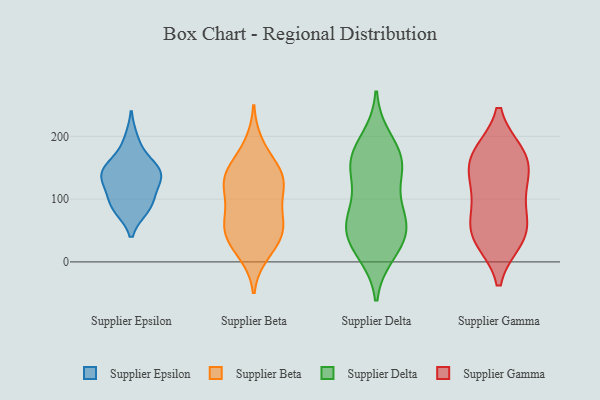
{"axis": {"x": "Market Share (%)", "y": "Value"}, "legend": ["Supplier Beta", "Supplier Delta", "Supplier Epsilon", "Supplier Gamma"], "data": [{"x": "", "y": 133, "type": "Supplier Epsilon"}, {"x": "", "y": 160, "type": "Supplier Epsilon"}, {"x": "", "y": 195, "type": "Supplier Epsilon"}, {"x": "", "y": 133, "type": "Supplier Epsilon"}, {"x": "", "y": 135, "type": "Supplier Epsilon"}, {"x": "", "y": 149, "type": "Supplier Epsilon"}, {"x": "", "y": 86, "type": "Supplier Epsilon"}, {"x": "", "y": 146, "type": "Supplier Epsilon"}, {"x": "", "y": 85, "type": "Supplier Epsilon"}, {"x": "", "y": 91, "type": "Supplier Epsilon"}, {"x": "", "y": 109, "type": "Supplier Epsilon"}, {"x": "", "y": 48, "type": "Supplier Beta"}, {"x": "", "y": 133, "type": "Supplier Beta"}, {"x": "", "y": 28, "type": "Supplier Beta"}, {"x": "", "y": 64, "type": "Supplier Beta"}, {"x": "", "y": 129, "type": "Supplier Beta"}, {"x": "", "y": 120, "type": "Supplier Beta"}, {"x": "", "y": 14, "type": "Supplier Beta"}, {"x": "", "y": 186, "type": "Supplier Beta"}, {"x": "", "y": 93, "type": "Supplier Beta"}, {"x": "", "y": 124, "type": "Supplier Beta"}, {"x": "", "y": 39, "type": "Supplier Beta"}, {"x": "", "y": 69, "type": "Supplier Beta"}, {"x": "", "y": 143, "type": "Supplier Beta"}, {"x": "", "y": 151, "type": "Supplier Beta"}, {"x": "", "y": 57, "type": "Supplier Beta"}, {"x": "", "y": 24, "type": "Supplier Delta"}, {"x": "", "y": 170, "type": "Supplier Delta"}, {"x": "", "y": 149, "type": "Supplier Delta"}, {"x": "", "y": 141, "type": "Supplier Delta"}, {"x": "", "y": 195, "type": "Supplier Delta"}, {"x": "", "y": 69, "type": "Supplier Delta"}, {"x": "", "y": 90, "type": "Supplier Delta"}, {"x": "", "y": 159, "type": "Supplier Delta"}, {"x": "", "y": 42, "type": "Supplier Delta"}, {"x": "", "y": 67, "type": "Supplier Delta"}, {"x": "", "y": 65, "type": "Supplier Delta"}, {"x": "", "y": 39, "type": "Supplier Delta"}, {"x": "", "y": 15, "type": "Supplier Delta"}, {"x": "", "y": 160, "type": "Supplier Delta"}, {"x": "", "y": 108, "type": "Supplier Gamma"}, {"x": "", "y": 171, "type": "Supplier Gamma"}, {"x": "", "y": 171, "type": "Supplier Gamma"}, {"x": "", "y": 162, "type": "Supplier Gamma"}, {"x": "", "y": 49, "type": "Supplier Gamma"}, {"x": "", "y": 59, "type": "Supplier Gamma"}, {"x": "", "y": 37, "type": "Supplier Gamma"}, {"x": "", "y": 41, "type": "Supplier Gamma"}, {"x": "", "y": 110, "type": "Supplier Gamma"}, {"x": "", "y": 149, "type": "Supplier Gamma"}]}